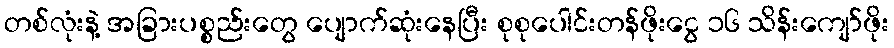
တစ်လုံးနဲ့ အခြားပစ္စည်းတွေ ပျောက်ဆုံးနေပြီး စုစုပေါင်းတန်ဖိုးငွေ ၁၆ သိန်းကျော်ဖိုး